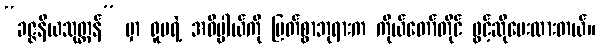
“ခဇ္ဇနီယသုတ္တန်” မှာ ရူပရဲ့ အဓိပ္ပါယ်ကို မြတ်စွာဘုရားက ကိုယ်တော်တိုင် ဖွင့်ဆိုပေးထားတယ်။